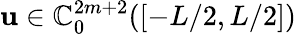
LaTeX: \mathbf{u}\in\mathbb{{C}}_{0}^{2m+2}([-L/2,L/2])